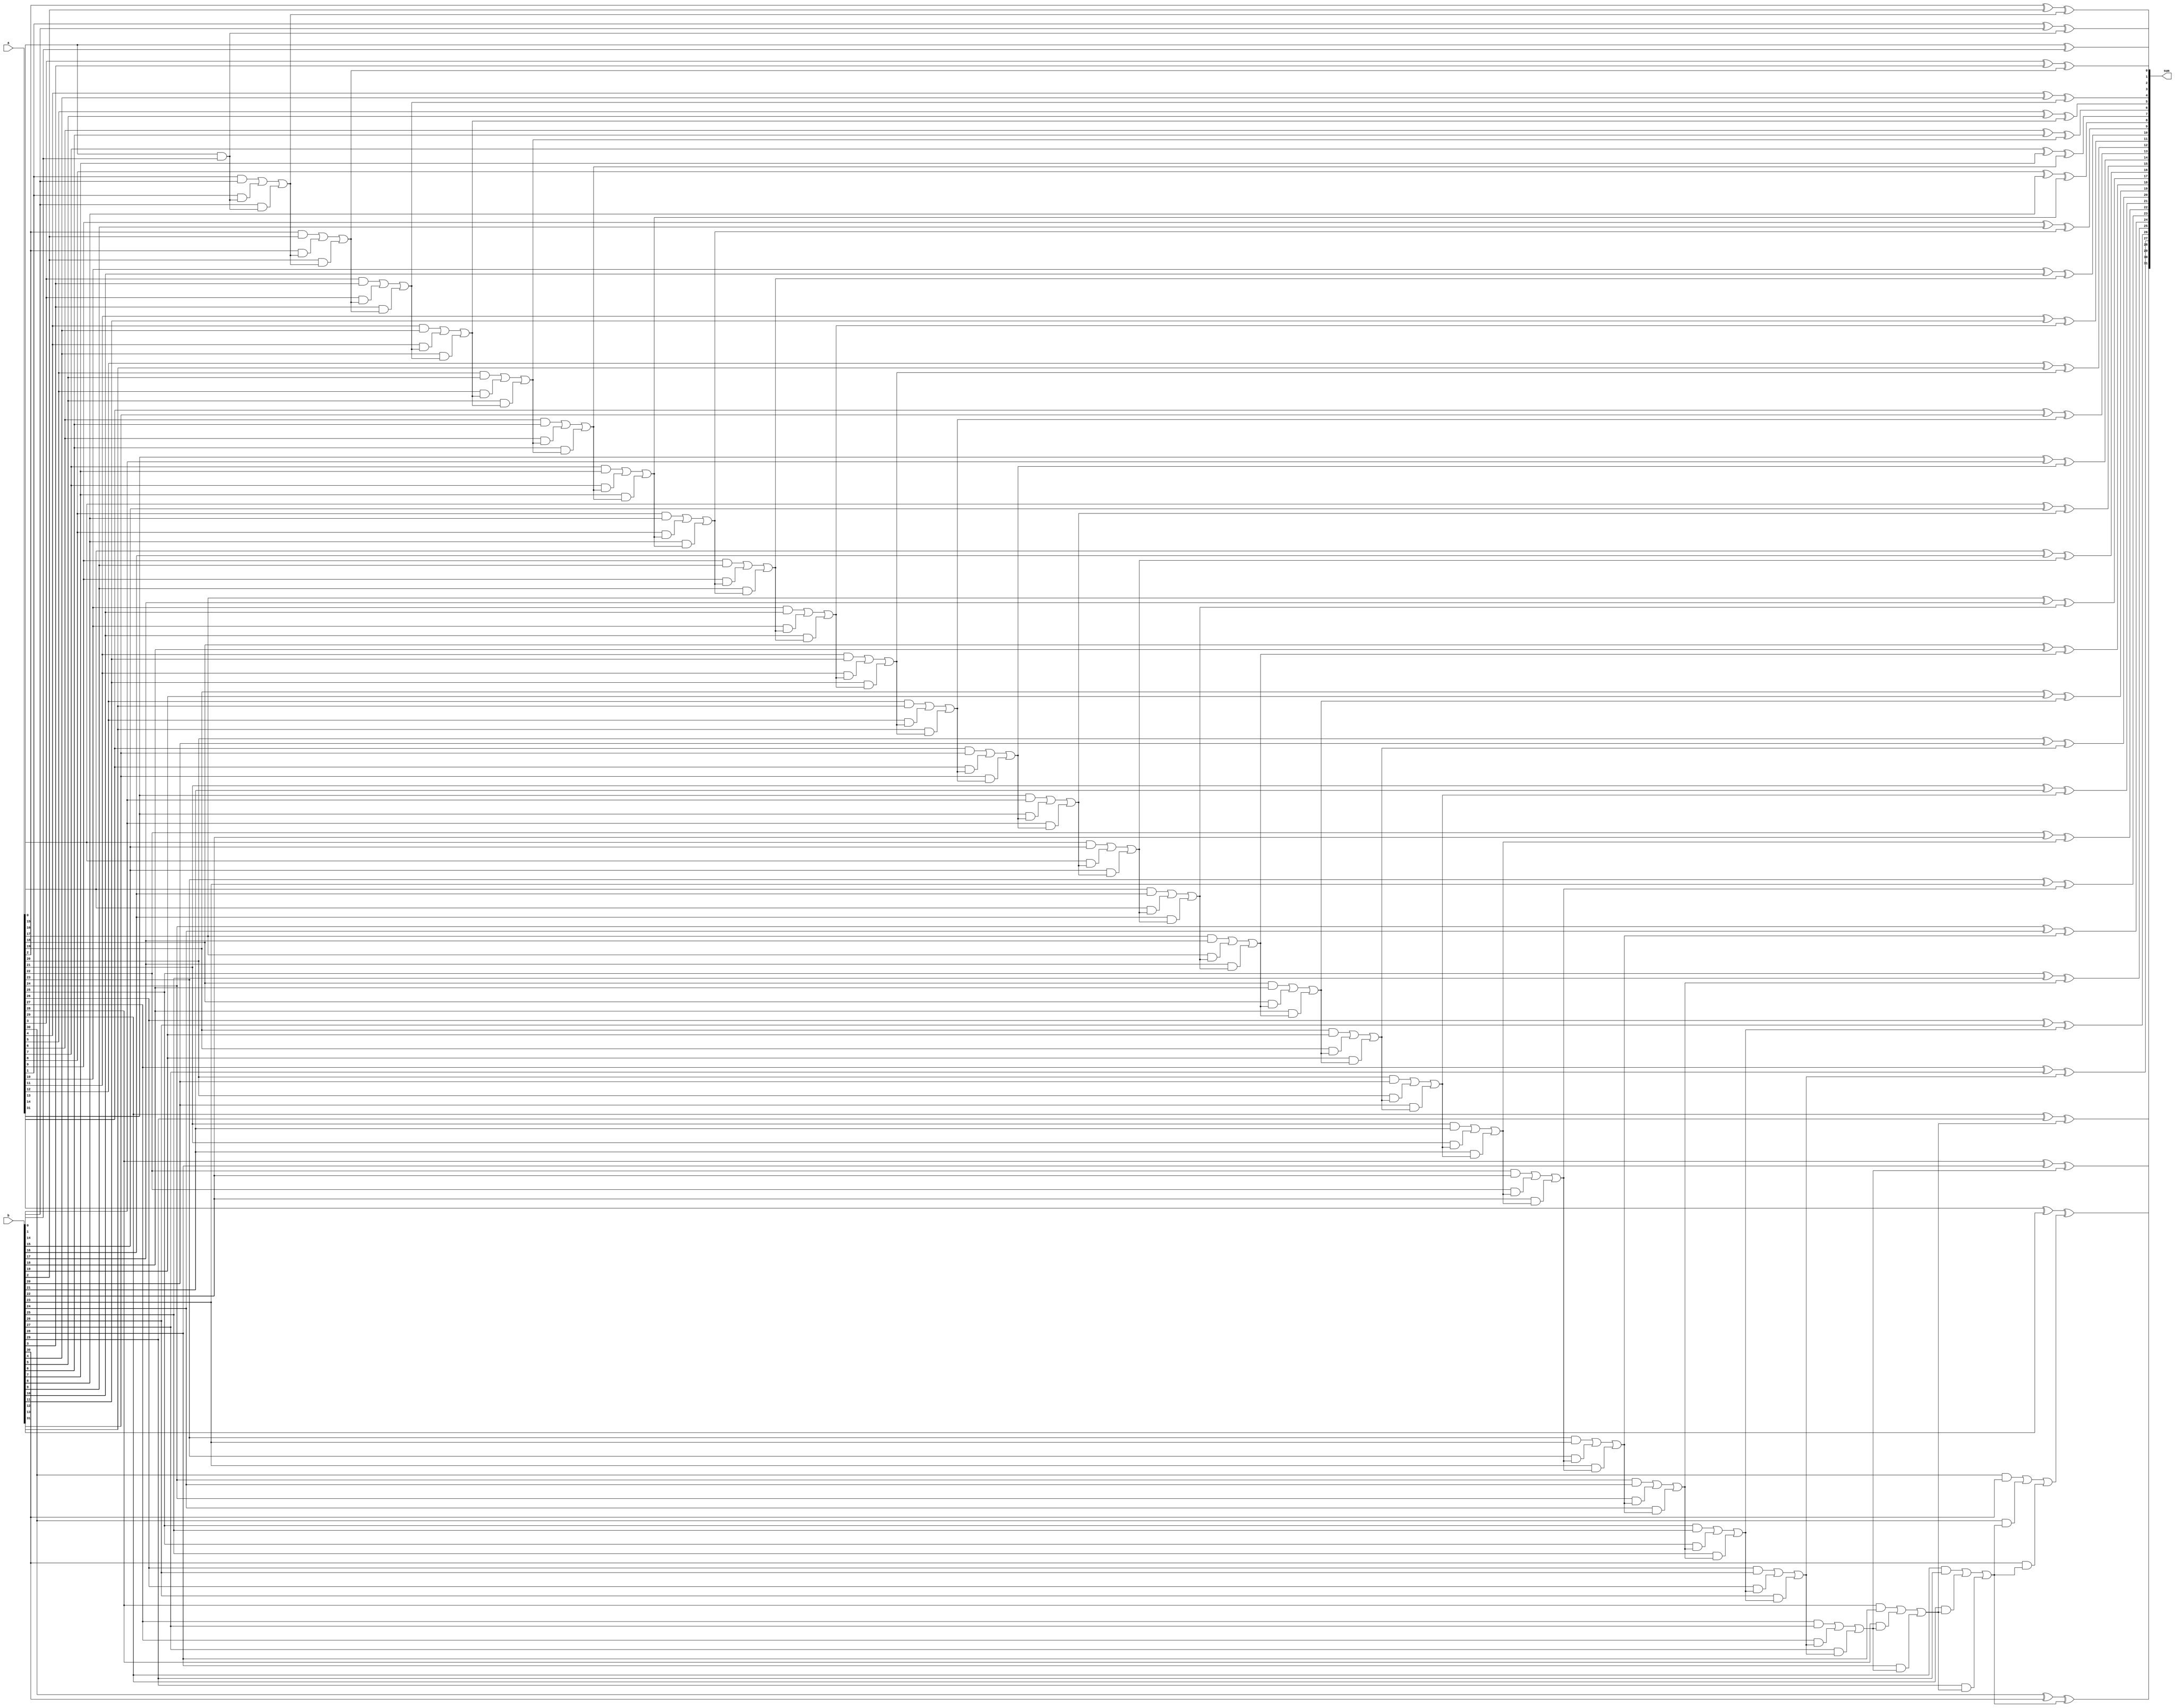
module Add (
    input [31:0] a,
    input [31:0] b,
    output reg [31:0] sum
);

	integer i;
	reg cin, cout;

	always @ (*) begin
		sum[0] = a[0] ^ b[0];
		cin = a[0] & b[0];
		for (i = 1; i <= 31; i = i + 1) begin
			sum[i] = a[i] ^ b[i] ^ cin;
			cout = (a[i] & b[i]) | (a[i] & cin) | (b[i] & cin);
			cin = cout;
		end
	end

endmodule